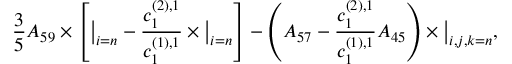
\frac { 3 } { 5 } A _ { 5 9 } \times \left[ \big \vert _ { i = n } - \frac { c _ { 1 } ^ { ( 2 ) , 1 } } { c _ { 1 } ^ { ( 1 ) , 1 } } \times \big \vert _ { i = n } \right] - \left( A _ { 5 7 } - \frac { c _ { 1 } ^ { ( 2 ) , 1 } } { c _ { 1 } ^ { ( 1 ) , 1 } } A _ { 4 5 } \right) \times \big \vert _ { i , j , k = n } ,